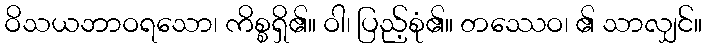
ဝိသယဘာဝရသော၊ ကိစ္စရှိ၏။ ဝါ၊ ပြည့်စုံ၏။ တဿေဝ၊ ၏ သာလျှင်။